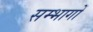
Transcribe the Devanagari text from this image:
सम्भागोँ